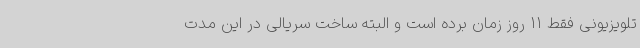
تلویزیونی فقط 11 روز زمان برده است و البته ساخت سریالی در این مدت